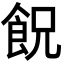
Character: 𩚶